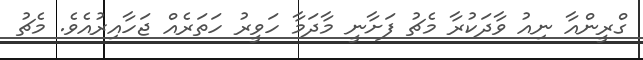
ގްރީންއާ ނިއު ވާދަކުރާ މެޗު ފަށާނީ މާދަމާ ހަވީރު ހަތަރެއް ޖަހާއިރުއެވެ. މެޗު